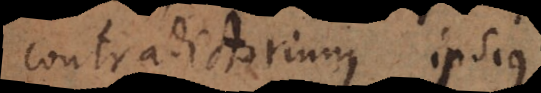
contradictorium ipsius